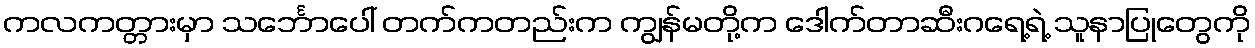
ကလကတ္တားမှာ သင်္ဘောပေါ် တက်ကတည်းက ကျွန်မတို့က ဒေါက်တာဆီးဂရေ့ရဲ့ သူနာပြုတွေကို